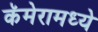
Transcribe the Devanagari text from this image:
कॅमेरामध्ये